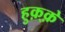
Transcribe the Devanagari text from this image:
हुक़्क़े